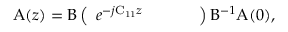
\boldsymbol { \mathrm { A } } ( z ) = \boldsymbol { \mathrm { B } } \left( \begin{array} { l l l l } { e ^ { - j \mathrm { C _ { 1 1 } } z } } & { } & { } & { } \end{array} \right) \boldsymbol { \mathrm { B ^ { - 1 } } } \boldsymbol { \mathrm { A } } ( 0 ) ,